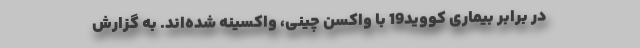
در برابر بیماری کووید19 با واکسن چینی، واکسینه شده‌اند. به گزارش